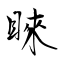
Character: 睞